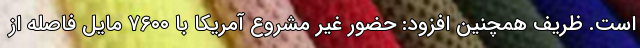
است. ظریف همچنین افزود: حضور غیر مشروع آمریکا با ۷۶۰۰ مایل فاصله از